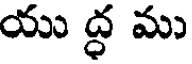
యు ద్ధ ము